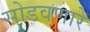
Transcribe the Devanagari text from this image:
सोडवणारे